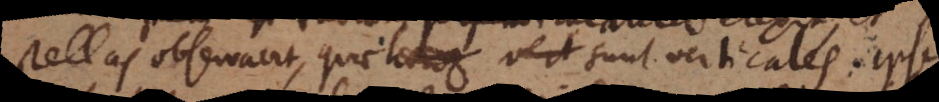
stellas observavit, quae sunt verticales. Ipse